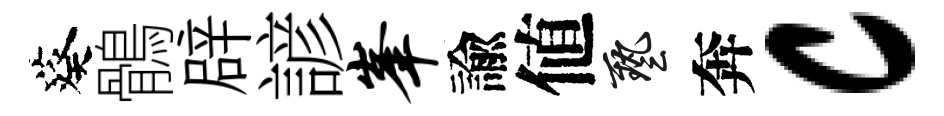
葵鶻辟諺峰諭値藝奔c